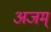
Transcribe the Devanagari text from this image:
अजम्